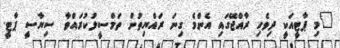
"މި ޕާޓީއަކީ ދިވެހި ރާއްޖޭގައި އެންމެ ގިނަ ރައްޔިތުން ތަމްސީލުކުރައްވާ ސިޔާސީ ޕާޓީ.